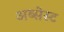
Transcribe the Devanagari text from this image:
अब्सेस्ट